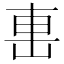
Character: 𨊥